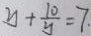
y + \frac { 1 0 } { y } = 7